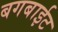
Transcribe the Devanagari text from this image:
बगबाईट